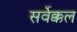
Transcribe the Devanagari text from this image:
सर्वेक्कल